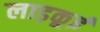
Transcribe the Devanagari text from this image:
लाड़कूई